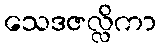
သေဒဇလ္လိကာ